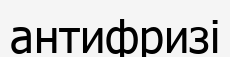
антифризі